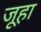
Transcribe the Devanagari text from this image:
जूहा